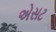
એસટ